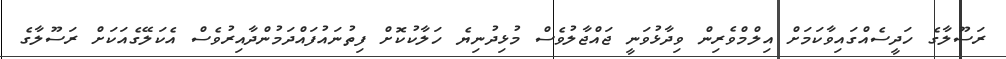
ރަސޫލާގެ ހަދީސެއްގައިވާކަމަށް އިލްމްވެރިން ވިދާޅުވަނީ ޖައްޖާލުވެސް މުޅިދުނިޔެ ހަލާކުކޮށް ފިތުނައުފައްދަމުންދާއިރުވެސް އެކަލޭގެއަކަށް ރަސޫލާގެ